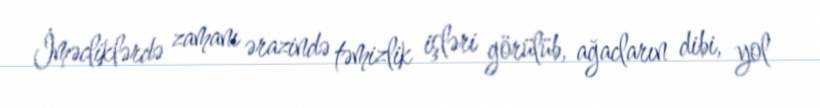
İməcliklərdə zamanı ərazində təmizlik işləri görülüb, ağacların dibi, yol